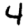
Digit: 4